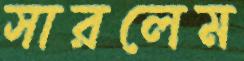
সারলেম